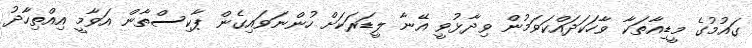
ގައުމުގެ މީޑިއާތަކާ ވާހަކަދައްކަވަމުން ވިދާޅުވީ އޭނާ ލީޑަރަކަށް ހުންނަވައިގެން ޕާކިސްތާން އަވާމީ އިއްތިހާދު